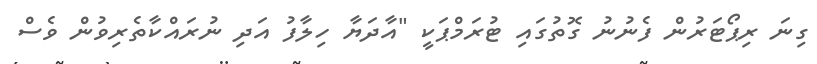
ގިނަ ރިޕޯޓަރުން ފެނުނު ގޮތުގައި ޓުރަމްޕަކީ "އާދަޔާ ހިލާފު އަދި ނުރައްކާތެރިވުން ވެސް